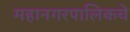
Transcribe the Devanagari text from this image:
महानगरपालिकचे